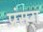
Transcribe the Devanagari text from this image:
प्रंसग